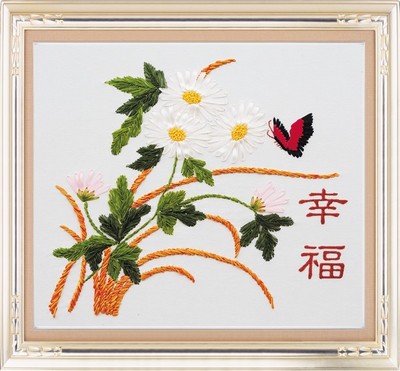
肌玉暗消衣带缓，泪珠斜透花钿侧。